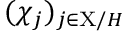
( \chi _ { j } ) _ { j \in \mathrm { X } / H }